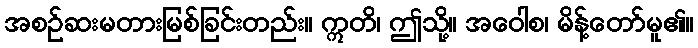
အစဉ်ဆးမတားမြစ်ခြင်းတည်း။ ဣတိ၊ ဤသို့။ အဝေါစ၊ မိန့်တော်မူ၏။